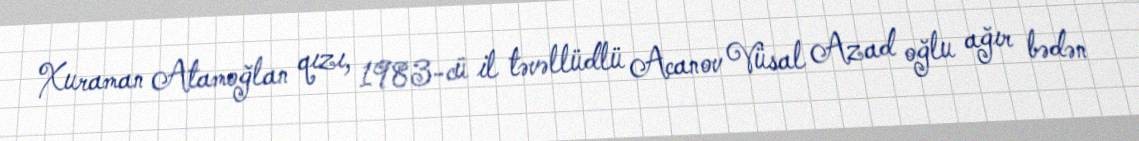
Xuraman Atamoğlan qızı, 1983-cü il təvəllüdlü Acanov Vüsal Azad oğlu ağır bədən